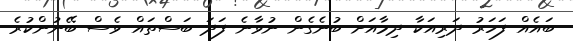
ބައެއް ފަހަރު ދަރިއަކާ ދިމާއަށް ބުނެގެން ނުވާނެ ފަދަ ބަސްތައް ވެސް ބޭނުންކުރެ